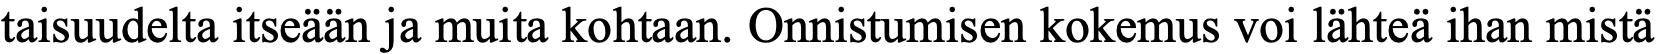
taisuudelta itseään ja muita kohtaan. Onnistumisen kokemus voi lähteä ihan mistä